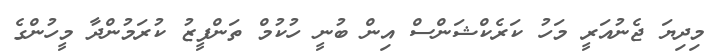
މިދިޔަ ޖެނުއަރީ މަހު ކަރެކްޝަންސް އިން ބުނީ ހުކުމް ތަންފީޒު ކުރަމުންދާ މީހުންގެ